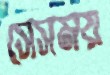
সেসময়